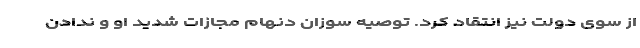
از سوی دولت نیز انتقاد کرد. توصیه سوزان دنهام مجازات شدید او و ندادن